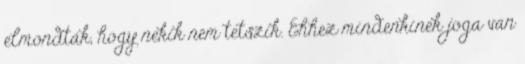
elmondták, hogy nekik nem tetszik. Ehhez mindenkinek joga van